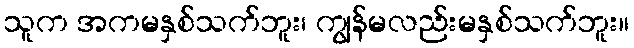
သူက အကမနှစ်သက်ဘူး၊ ကျွန်မလည်းမနှစ်သက်ဘူး။